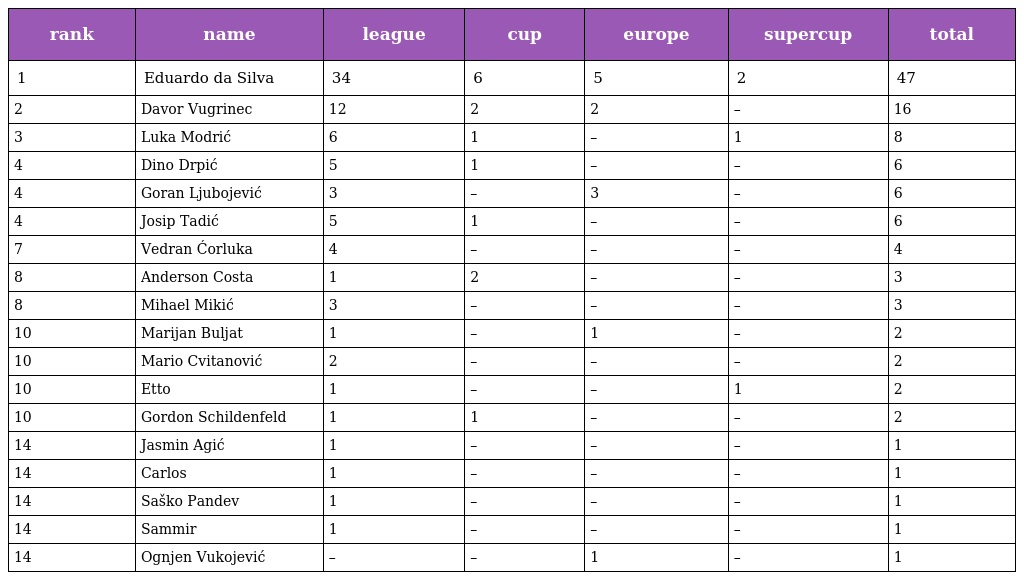
| rank | name | league | cup | europe | supercup | total |
 | --- | --- | --- | --- | --- | --- | --- |
 | 1 | Eduardo da Silva | 34 | 6 | 5 | 2 | 47 |
 | 2 | Davor Vugrinec | 12 | 2 | 2 | – | 16 |
 | 3 | Luka Modrić | 6 | 1 | – | 1 | 8 |
 | 4 | Dino Drpić | 5 | 1 | – | – | 6 |
 | 4 | Goran Ljubojević | 3 | – | 3 | – | 6 |
 | 4 | Josip Tadić | 5 | 1 | – | – | 6 |
 | 7 | Vedran Ćorluka | 4 | – | – | – | 4 |
 | 8 | Anderson Costa | 1 | 2 | – | – | 3 |
 | 8 | Mihael Mikić | 3 | – | – | – | 3 |
 | 10 | Marijan Buljat | 1 | – | 1 | – | 2 |
 | 10 | Mario Cvitanović | 2 | – | – | – | 2 |
 | 10 | Etto | 1 | – | – | 1 | 2 |
 | 10 | Gordon Schildenfeld | 1 | 1 | – | – | 2 |
 | 14 | Jasmin Agić | 1 | – | – | – | 1 |
 | 14 | Carlos | 1 | – | – | – | 1 |
 | 14 | Saško Pandev | 1 | – | – | – | 1 |
 | 14 | Sammir | 1 | – | – | – | 1 |
 | 14 | Ognjen Vukojević | – | – | 1 | – | 1 |